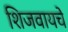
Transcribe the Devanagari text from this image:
शिजवायचे